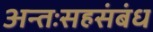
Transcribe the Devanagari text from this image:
अन्तःसहसंबंध